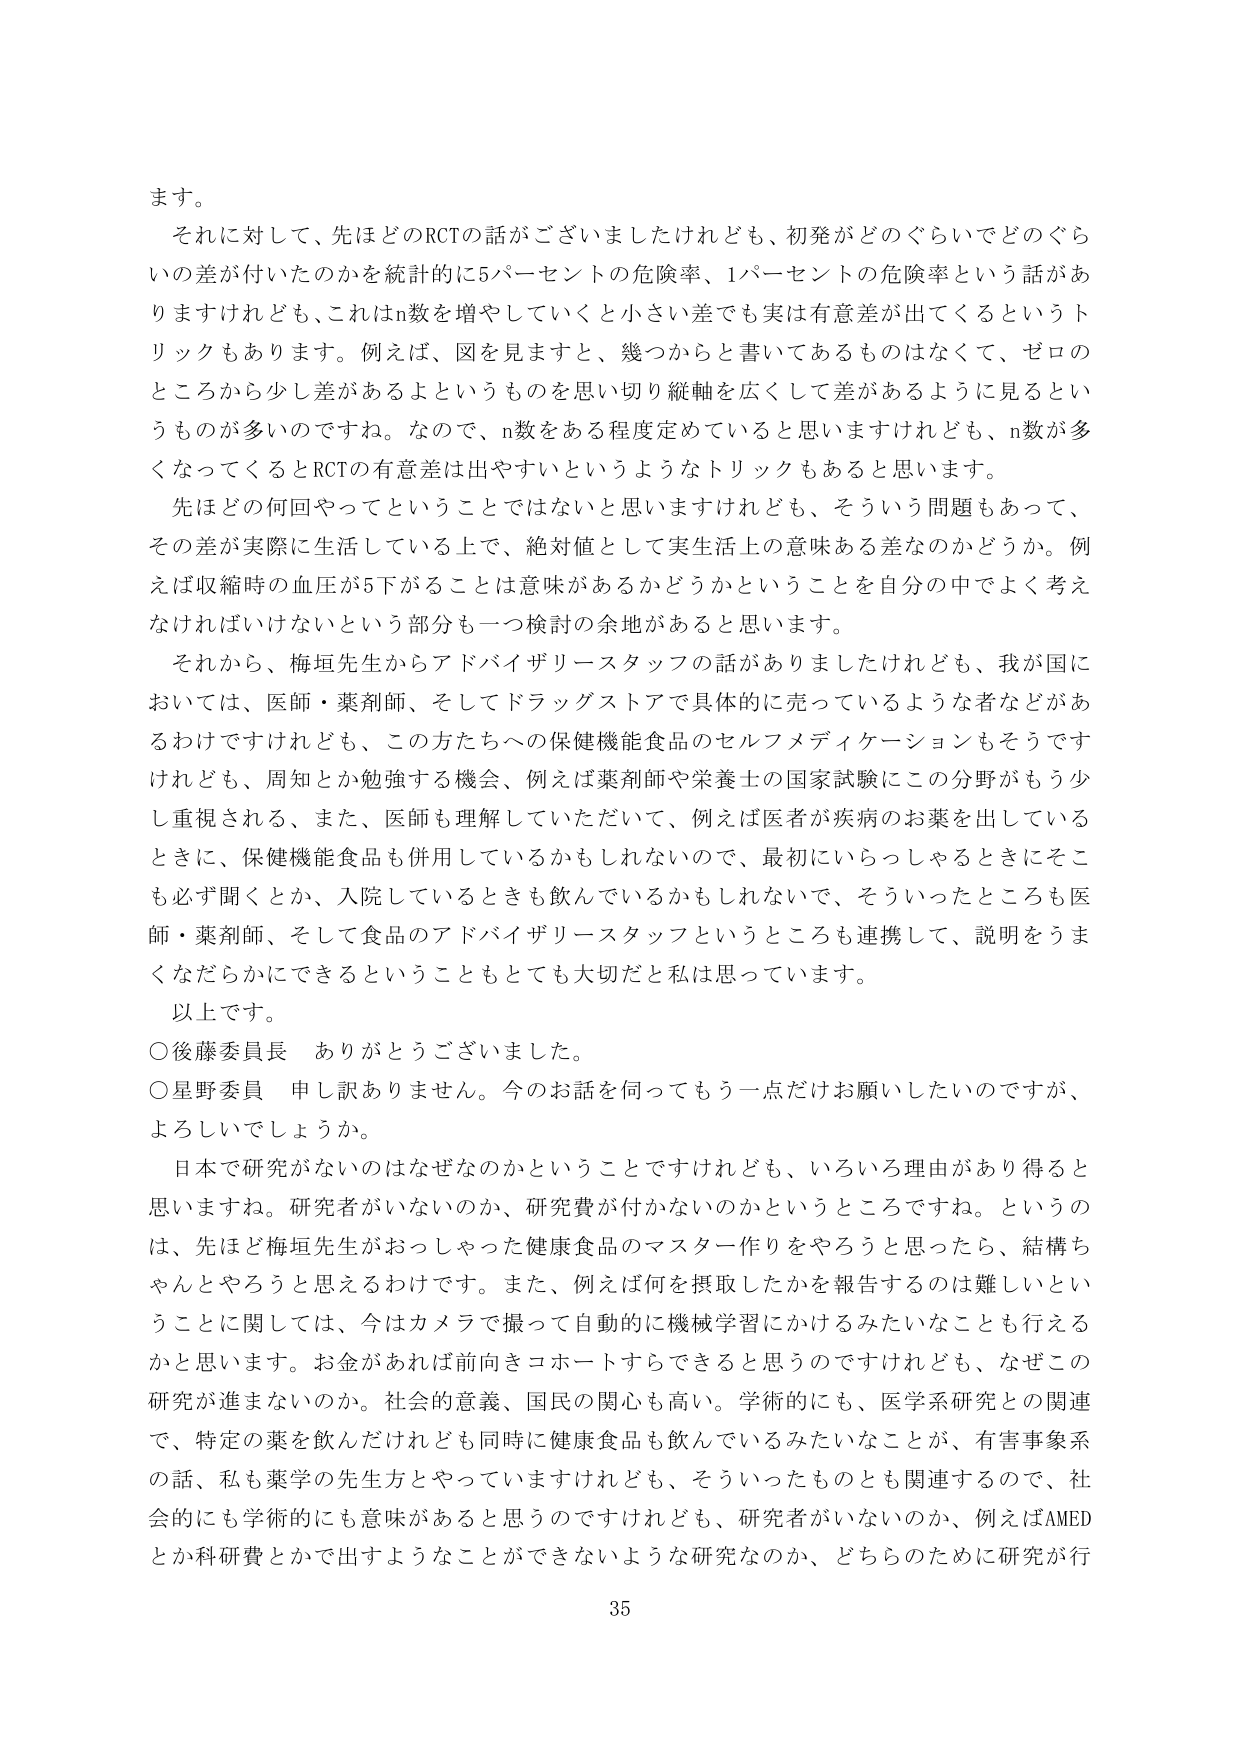
ます。

それに対して、先ほどのRCTの話がございましたけれども、初発がどのぐらいでどのぐらいの差が付いたのかを統計的に5パーセントの危険率、1パーセントの危険率という話がありますけれども、これはn数を増やしていくと小さい差でも実は有意差が出てくるというトリックもあります。例えば、図を見ますと、幾つかからと書いてあるものはなくて、ゼロのところから少し差があるよというものを思い切り縦軸を広くして差があるように見るというものが多のですね。なので、n数をある程度定めていると思いますけれども、n数が多くなってくるとRCTの有意差は出やすいというようなトリックもあると思います。

先ほどの何回やってということではないと思いますけれども、そういう問題もあって、その差が実際に生活している上で、絶対値として実生活上の意味ある差なのかどうか。例えば収縮時の血圧が5下がることは意味があるかどうかということを自分の中でよく考えなければいけないという部分も一検討の余地があると思います。

それから、梅垣先生からアドバイザリースタッフの話がありましたけれども、我が国においては、医師・薬剤師、そしてドラッグストアで具体的に売っているような者などがあるわけですがけれども、この方たちへの保健機能食品のセルフメディケーションもそうですけれども、周知とか勉強する機会、例えば薬剤師や栄養士の国家試験にこの分野がもう少し重視される、また、医師も理解していただいて、例えば医者が疾病のお薬を出しているときに、保健機能食品も併用しているかもしれないのでは、最初にいらっしゃるときにそこも必ず聞くとか、入院しているときも飲んでいるかもしれないで、そういったところも医師・薬剤師、そして食品のアドバイザリースタッフというところも連携して、説明をうまくなだらかにできるということもとても大切だと私は思っています。

以上です。

○後藤委員長　ありがとうございました。

○星野委員　申し訳ありません。今のお話を伺ってもう一点だけお願いしたいのですが、よろしいでしょうか。

日本で研究がないのはなぜなのかということですけれども、いろいろ理由があり得ると思いますね。研究者がいないのか、研究費が付かないのかというところですね。というのは、先ほど梅垣先生がおっしゃった健康食品のマスター作りをやろうと思ったら、結構ちゃんとやろうと思えるわけです。また、例えば何を摂取したかを報告するのは難しいということに関しては、今はカメラで撮って自動的に機械学習にかけるみたいなことも行えるかと思います。お金があれば前向きコホートすらできると思うのですけれども、なぜこの研究が進まないのか。社会的意義、国民の関心も高い。学術的にも、医学系研究との関連で、特定の薬を飲んだけれども同時に健康食品も飲んでいるみたいなことが、有害事象系の話、私も薬学の先生方とやっていますけれども、そういったものとも関連するので、社会的にも学術的にも意味があると思うのですけれども、研究者がいないのか、例えばAMEDとか科研費とかで出すようなことができないような研究なのか、どちらのために研究が行

35